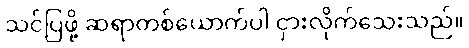
သင်ပြဖို့ ဆရာတစ်ယောက်ပါ ငှားလိုက်သေးသည်။